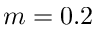
m = 0 . 2